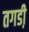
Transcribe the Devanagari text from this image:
तगडी़